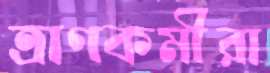
ত্রাণকর্মীরা